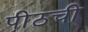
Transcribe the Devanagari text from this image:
पीठची